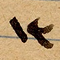
١٣